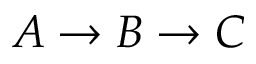
A \rightarrow B \rightarrow C